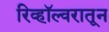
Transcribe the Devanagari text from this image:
रिव्हॉल्वरातून